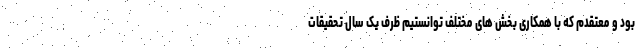
بود و معتقدم که با همکاری بخش های مختلف توانستیم ظرف یک سال تحقیقات